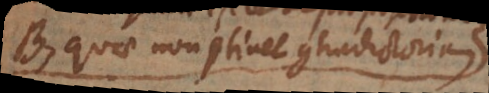
B, quae non continet contradictoriam.